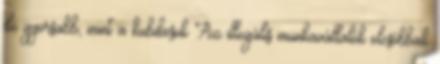
de gyorsabb, mint a kubikosok Az illegális munkavállalók olcsóbbak